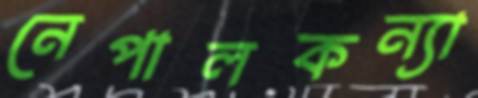
নেপালকন্যা